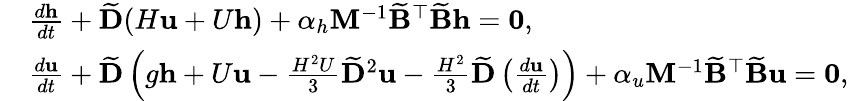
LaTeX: \begin{array}{rl}&{\frac{d\mathbf{h}}{dt}+\widetilde{\mathbf{D}}(H\mathbf{u}+U\mathbf{h})+\alpha_{h}\mathbf{M}^{-1}\widetilde{\mathbf{B}}^{\top}\widetilde{\mathbf{B}}\mathbf{h}=\mathbf{0},}\\ &{\frac{d\mathbf{u}}{dt}+\widetilde{\mathbf{D}}\left(g\mathbf{h}+U\mathbf{u}-\frac{H^{2}U}{3}\widetilde{\mathbf{D}}^{2}\mathbf{u}-\frac{H^{2}}{3}\widetilde{\mathbf{D}}\left(\frac{d\mathbf{u}}{dt}\right)\right)+\alpha_{u}\mathbf{M}^{-1}\widetilde{\mathbf{B}}^{\top}\widetilde{\mathbf{B}}\mathbf{u}=\mathbf{0},}\end{array}